Code of medical and sanitary regulations for the guidance of medical officers serving in the Madras Presidency - Volume I
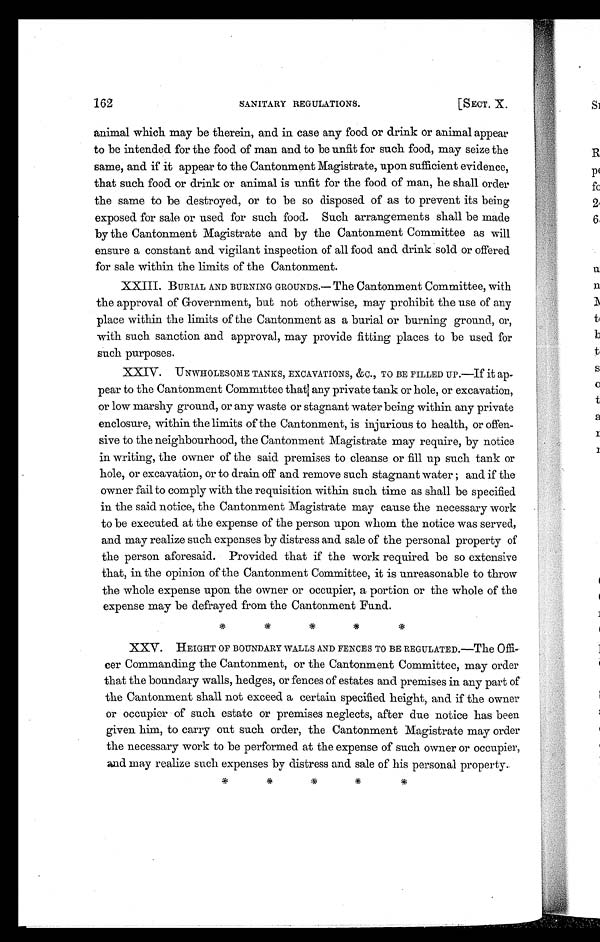
162
SANITARY REGULATIONS.
[SECT. X.
animal which may be therein, and in case any food or drink or animal appear
to be intended for the food of man and to be unfit for such food, may seize the
same, and if it appear to the Cantonment Magistrate, upon sufficient evidence,
that such food or drink or animal is unfit for the food of man, he shall order
the same to be destroyed, or to be so disposed. of as to prevent its being
exposed for sale or used for such food. Such arrangements shall be made
by the Cantonment Magistrate and by the Cantonment Committee as will
ensure a constant and vigilant inspection of all food and drink sold or offered
for sale within the limits of the Cantonment.
XXIII. BURIAL AND BURNING GROUNDS.— The Cantonment Committee, with
the approval of Government, but not otherwise, may prohibit the use of any
place within the limits of the Cantonment as a burial or burning ground, or,
with such sanction and approval, may provide fitting places to be used for
such purposes.
XXIV. UNWHOLESOME TANKS, EXCAVATIONS, &C., TO BE FILLED UP.—If it ap
-pear to the Cantonment Committee that any private tank or hole, or excavation,
or low marshy ground, or any waste or stagnant water being within any private
enclosure, within the limits of the Cantonment, is injurious to health, or offen-
sive to the neighbourhood, the Cantonment Magistrate may require, by notice
in writing, the owner of the said premises to cleanse or fill up such tank or
hole, or excavation, or to drain off and remove such stagnant water ; and if the
owner fail to comply with the requisition within such time as shall be specified
in the said notice, the Cantonment Magistrate may cause the necessary work
to be executed at the expense of the person upon whom the notice was served,
and may realize such expenses by distress and sale of the personal property of
the person aforesaid. Provided that if the work required be so extensive
that, in the opinion of the Cantonment Committee, it is unreasonable to throw
the whole expense upon the owner or occupier, a portion or the whole of the
expense may be defrayed from the Cantonment Fund.
* * *
XXV. HEIGHT OF BOUNDARY WALLS AND FENCES TO BE REGULATED.—The Offi-
cer Commanding the Cantonment, or the Cantonment Committee, may order
that the boundary walls, hedges, or fences of estates and premises in any part of
the Cantonment shall not exceed a certain specified height, and if the owner
or occupier of such estate or premises neglects, after due notice has been
given him, to carry out such order, the Cantonment Magistrate may order
the necessary work to be performed at the expense of such owner or occupier,
and. may realize such expenses by distress and sale of his personal property.
* * *